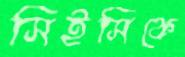
সিইসিকে